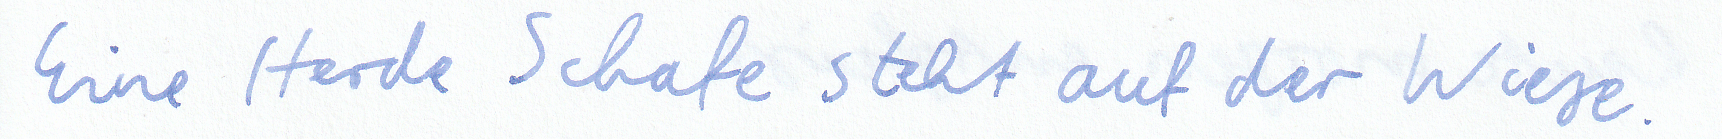
Eine Herde Schafe steht auf der Wiese.